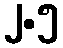
၂.၅